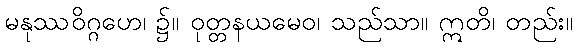
မနုဿဝိဂ္ဂဟေ၊ ၌။ ဝုတ္တနယမေဝ၊ သည်သာ။ ဣတိ၊ တည်း။